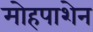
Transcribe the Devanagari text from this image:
मोहपाशेन